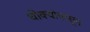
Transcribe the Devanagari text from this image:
धोक्यांपासून